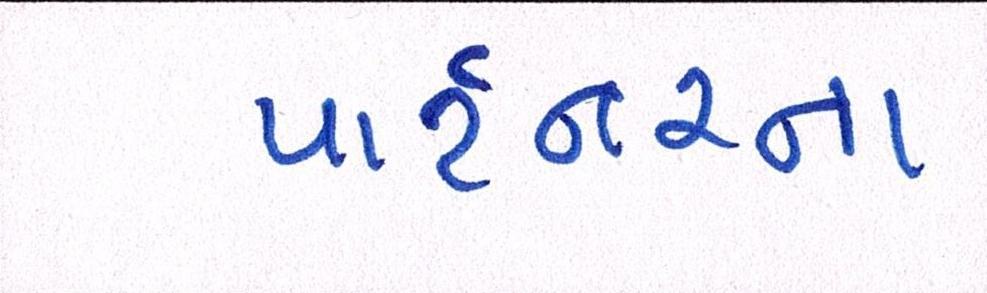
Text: પાર્ટનરના